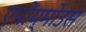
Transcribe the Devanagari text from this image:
एपोंय्मोउस